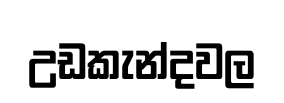
උඩකැන්දවල